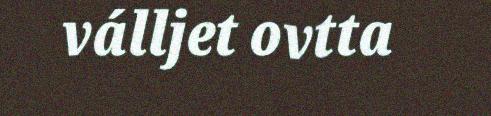
válljet ovtta